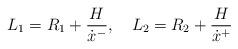
LaTeX: \begin{align*}L_{1}=R_{1}+{{H}\over{\dot x^{-}}},\quad L_{2}=R_{2}+{{H}\over{\dot x^{+}}}\end{align*}